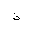
Letter: _thal